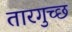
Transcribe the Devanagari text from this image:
तारगुच्छ